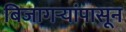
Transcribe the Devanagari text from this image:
बिजागऱ्यांपासून